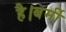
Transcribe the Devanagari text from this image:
है।बर्मी